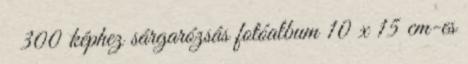
300 képhez sárgarózsás fotóalbum 10 x 15 cm-es